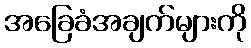
အခြေခံအချက်များကို